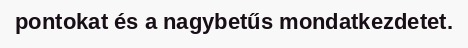
pontokat és a nagybetűs mondatkezdetet.